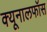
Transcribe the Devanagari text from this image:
क्‍यूनालफॉस